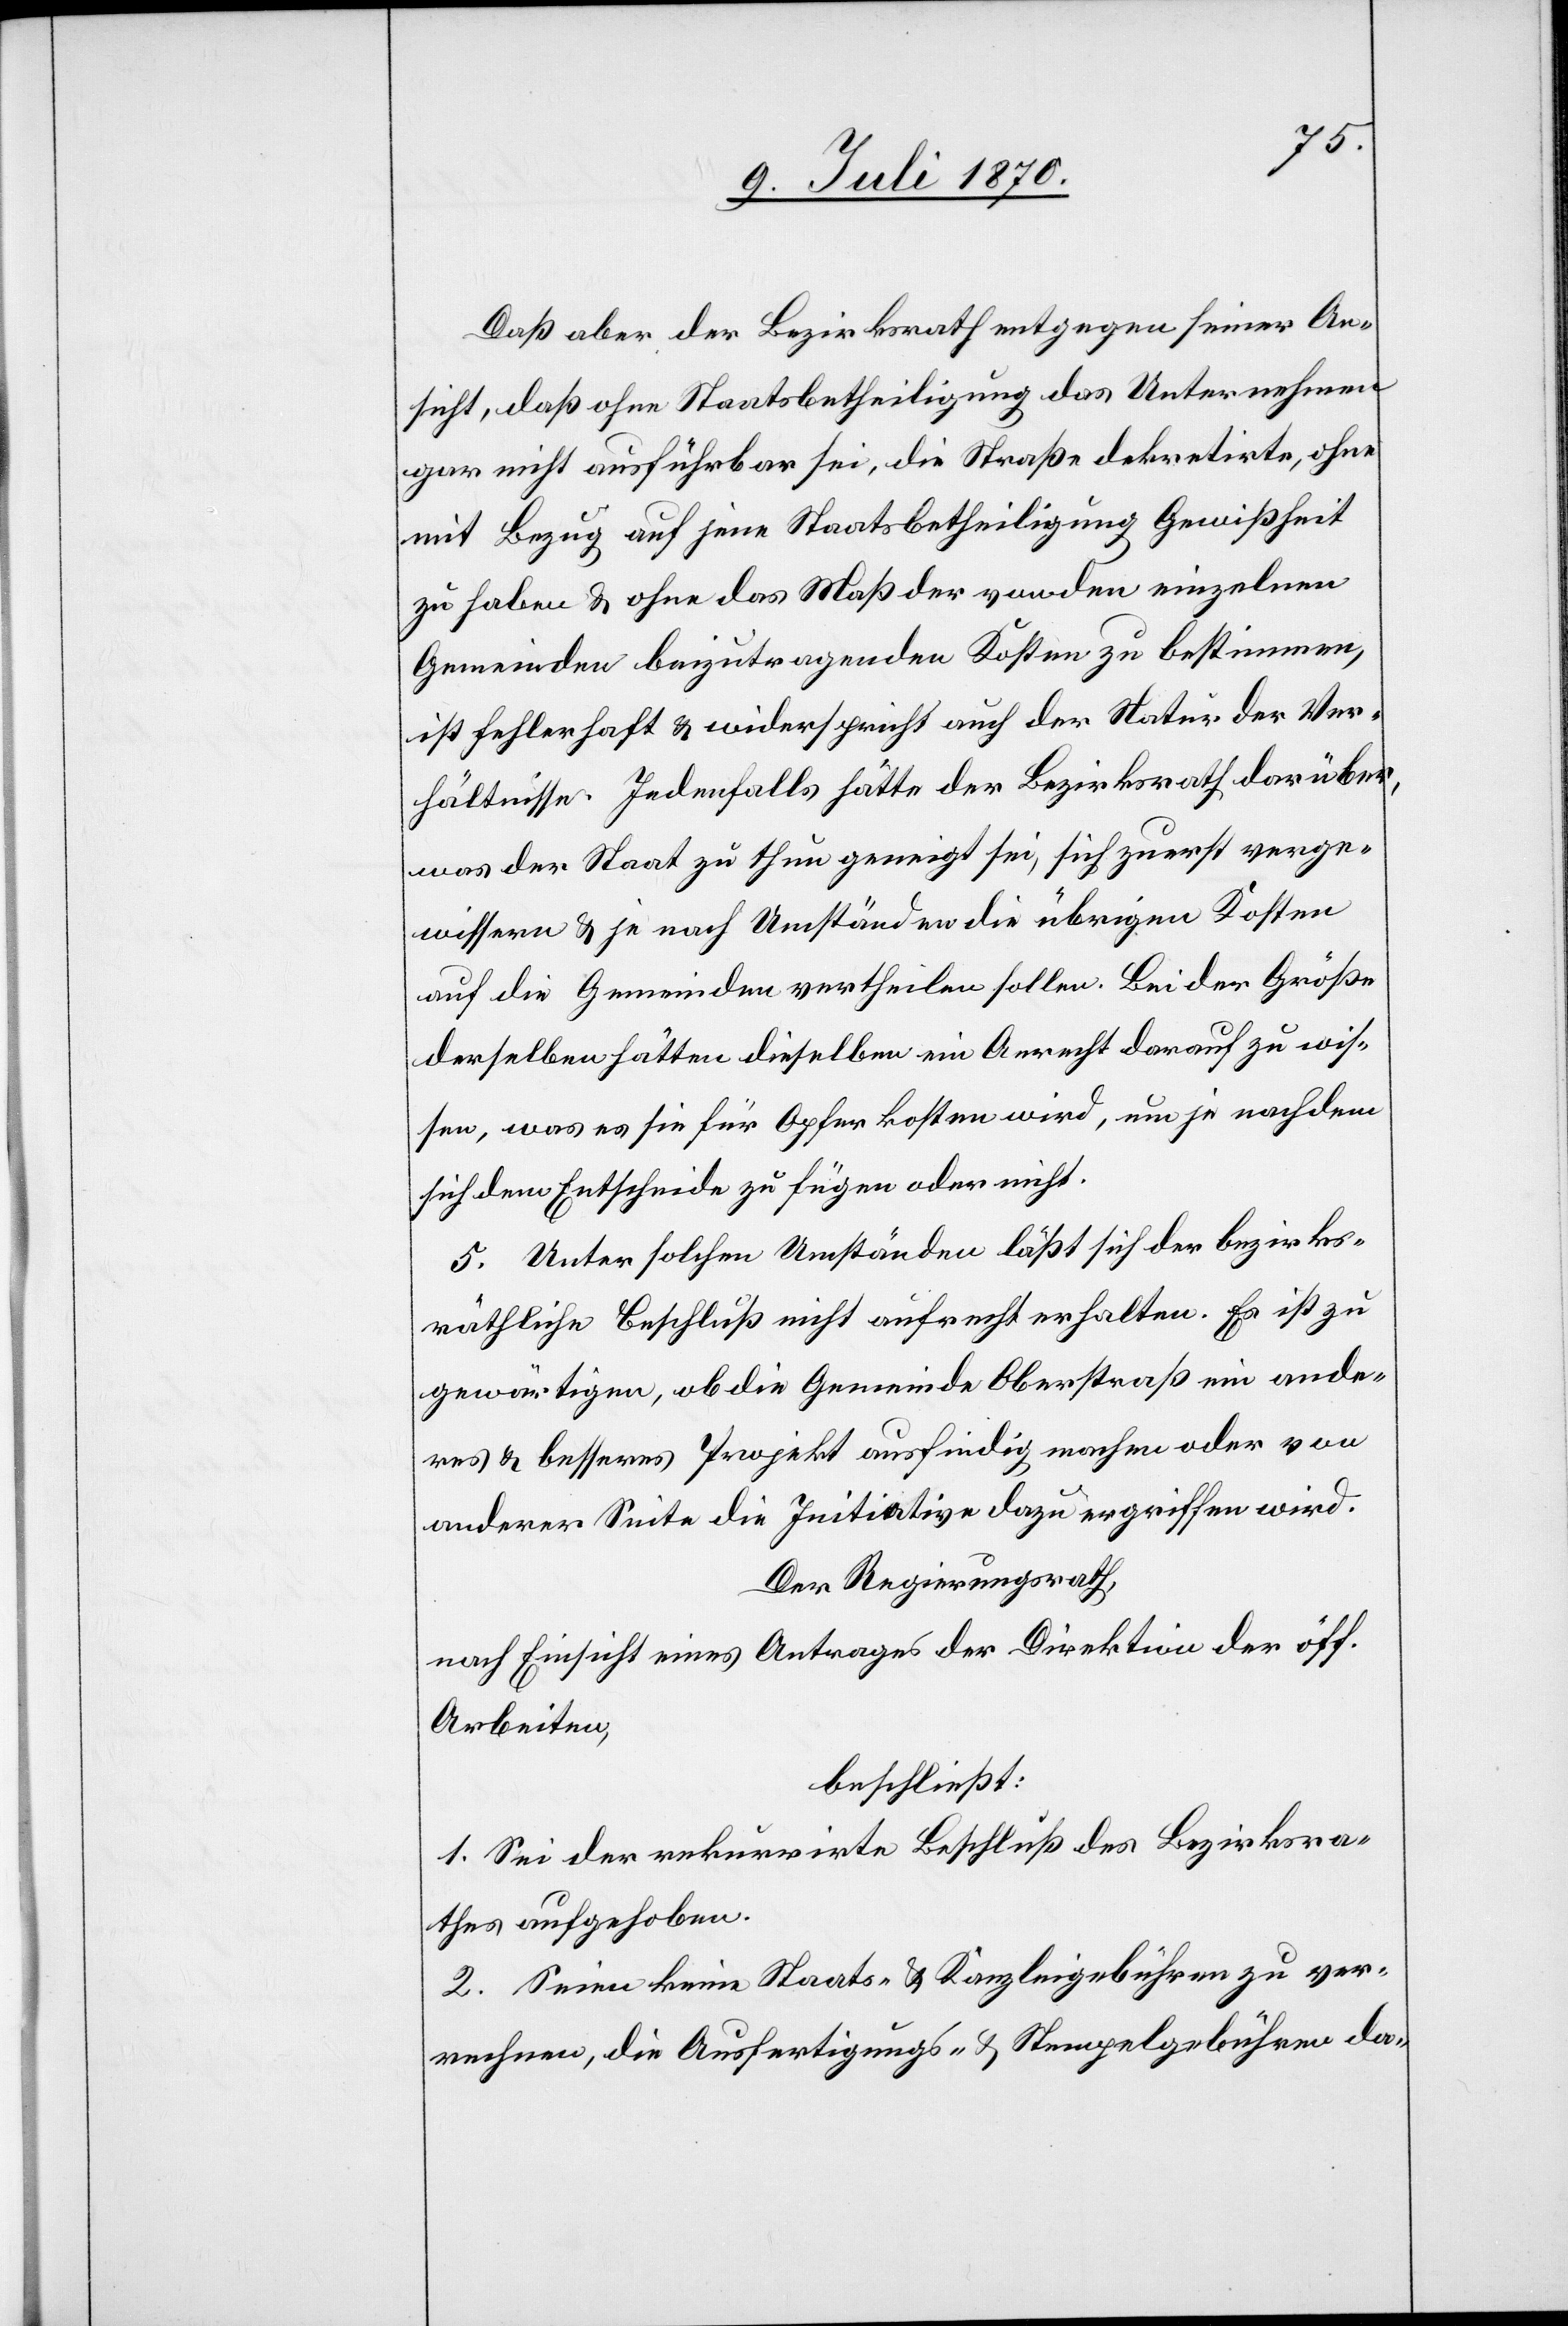
Daß aber der Bezirksrath entgegen seiner An¬
sicht, daß ohne Staatsbetheiligung das Unternehmen
gar nicht ausführbar sei, die Straße dekretirte, ohne
mit Bezug auf jene Staatsbetheiligung Gewißheit
zu haben & ohne das Maß der von den einzelnen
Gemeinden beizutragenden Kosten zu bestimmen,
ist fehlerhaft & widerspricht auch der Natur der Ver¬
hältnisse. Jedenfalls hätte der Bezirksrath darüber,
was der Staat zu thun geneigt sei, sich zuerst verge¬
wissern & je nach Umständen die übrigen Kosten
auf die Gemeinden vertheilen sollen. Bei der Größe
derselben hätten dieselben ein Anrecht darauf zu wis¬
sen, was es sie für Opfer kosten wird, um je nachdem
sich dem Entscheide zu fügen oder nicht.
5. Unter solchen Umständen läßt sich der bezirks¬
räthliche Beschluß nicht aufrecht erhalten. Es ist zu
gewärtigen, ob die Gemeinde Oberstraß ein ande¬
res & besseres Projekt ausfindig machen oder von
anderer Seite die Initiative dazu ergriffen wird.
Der Regierungsrath
nach Einsicht eines Antrages der Direktion der öff.
Arbeiten,
beschließt:
1. Sei der rekurrirte Beschluß des Bezirksra¬
thes aufgehoben.
2. Seien keine Staats- & Kanzleigebühren zu ver¬
rechnen, die Ausfertigungs- & Stempelgebühren da-